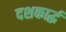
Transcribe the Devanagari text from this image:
दशकार्द्ध